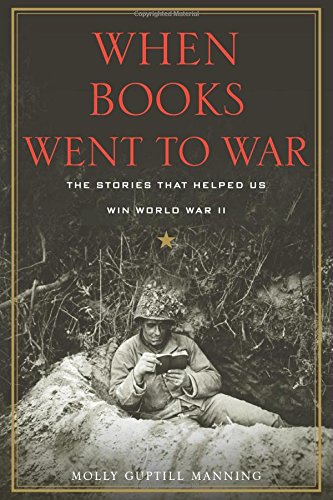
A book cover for When Books Went to War: The Stories that Helped Us Win World War II; Molly Guptill Manning; Literature & Fiction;